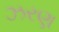
ઝરણ